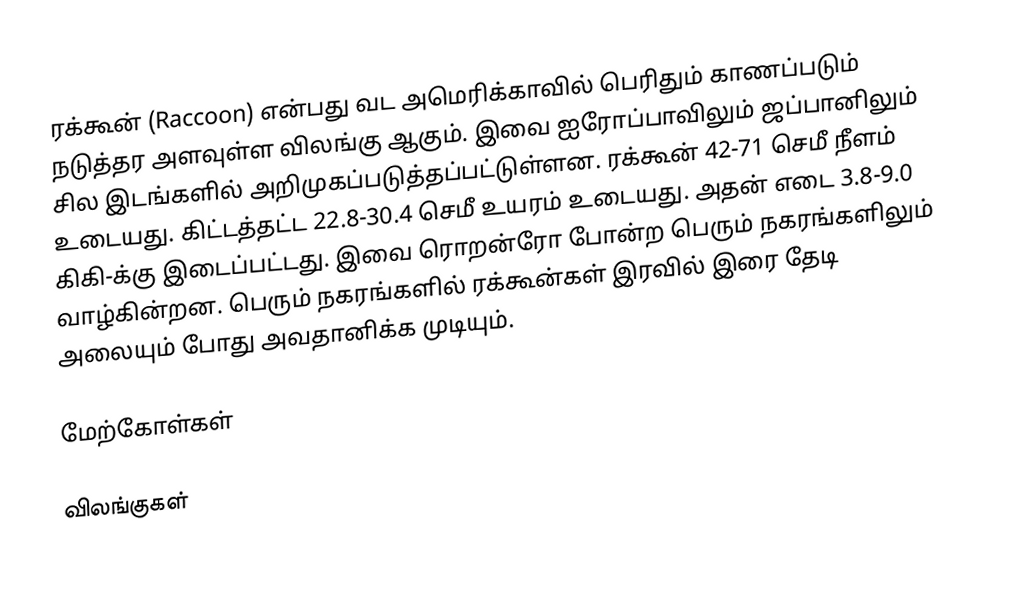
ரக்கூன் (Raccoon) என்பது வட அமெரிக்காவில் பெரிதும் காணப்படும் நடுத்தர அளவுள்ள விலங்கு ஆகும். இவை ஐரோப்பாவிலும் ஜப்பானிலும் சில இடங்களில் அறிமுகப்படுத்தப்பட்டுள்ளன. ரக்கூன் 42-71 செமீ நீளம் உடையது. கிட்டத்தட்ட 22.8-30.4 செமீ உயரம் உடையது. அதன் எடை 3.8-9.0 கிகி-க்கு இடைப்பட்டது. இவை ரொறன்ரோ போன்ற பெரும் நகரங்களிலும் வாழ்கின்றன. பெரும் நகரங்களில் ரக்கூன்கள் இரவில் இரை தேடி அலையும் போது அவதானிக்க முடியும்.

மேற்கோள்கள்

விலங்குகள்